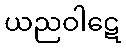
ယညဝါဋေ